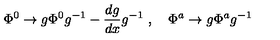
\Phi ^ { 0 } \to g \Phi ^ { 0 } g ^ { - 1 } - \frac { d g } { d x } g ^ { - 1 } \ , \quad \Phi ^ { a } \to g \Phi ^ { a } g ^ { - 1 }